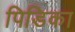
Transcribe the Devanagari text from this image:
पिडिका